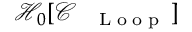
\mathcal { H } _ { 0 } [ \mathcal { C } _ { \mathrm { ~ \tiny ~ \textnormal ~ { ~ L ~ o ~ o ~ p ~ } ~ } } ]